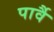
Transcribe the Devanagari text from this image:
पार्वै